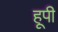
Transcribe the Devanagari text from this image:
हूपी